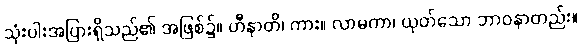
သုံးပါးအပြားရှိသည်၏ အဖြစ်၌။ ဟီနာတိ၊ ကား။ လာမကာ၊ ယုတ်သော ဘာဝနာတည်း။